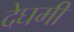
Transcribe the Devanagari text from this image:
देघमी